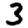
Digit: 3